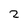
Character: 2